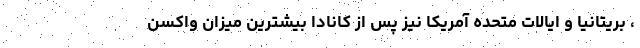
، بریتانیا و ایالات متحده آمریکا نیز پس از کانادا بیشترین میزان واکسن